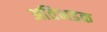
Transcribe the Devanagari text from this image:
अतिभडक